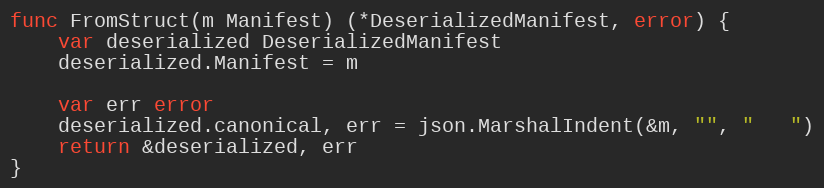
Language: Go
func FromStruct(m Manifest) (*DeserializedManifest, error) {
	var deserialized DeserializedManifest
	deserialized.Manifest = m

	var err error
	deserialized.canonical, err = json.MarshalIndent(&m, "", "   ")
	return &deserialized, err
}